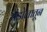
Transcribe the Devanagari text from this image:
चंडोलातून